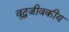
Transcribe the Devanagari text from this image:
वृद्धजीवकीय